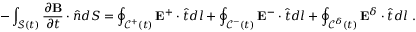
- \int _ { \mathcal { S } ( t ) } \frac { \partial \mathbf { B } } { \partial t } \cdot \hat { \boldsymbol { n } } d S = \oint _ { \mathcal { C } ^ { + } ( t ) } \mathbf { E } ^ { + } \cdot \hat { \boldsymbol { t } } d l + \oint _ { \mathcal { C } ^ { - } ( t ) } \mathbf { E } ^ { - } \cdot \hat { \boldsymbol { t } } d l + \oint _ { \mathcal { C } ^ { \delta } ( t ) } \mathbf { E } ^ { \delta } \cdot \hat { \boldsymbol { t } } d l ~ .